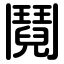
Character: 鬩